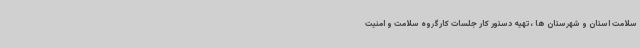
سلامت استان و شهرستان ها ، تهیه دستور کار جلسات کارگروه سلامت و امنیت